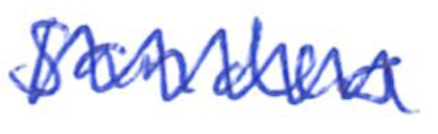
Text: Sanders
Cross-out: zig-zag
Writing tool: ballpoint